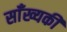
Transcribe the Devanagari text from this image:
साँख्यकी